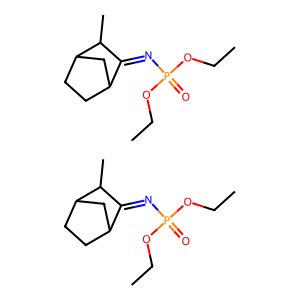
SMILES: CCOP(=O)(N=C1C2CCC(C2)C1C)OCC.CCOP(=O)(N=C1C2CCC(C2)C1C)OCC
Inhibits HIV replication: No